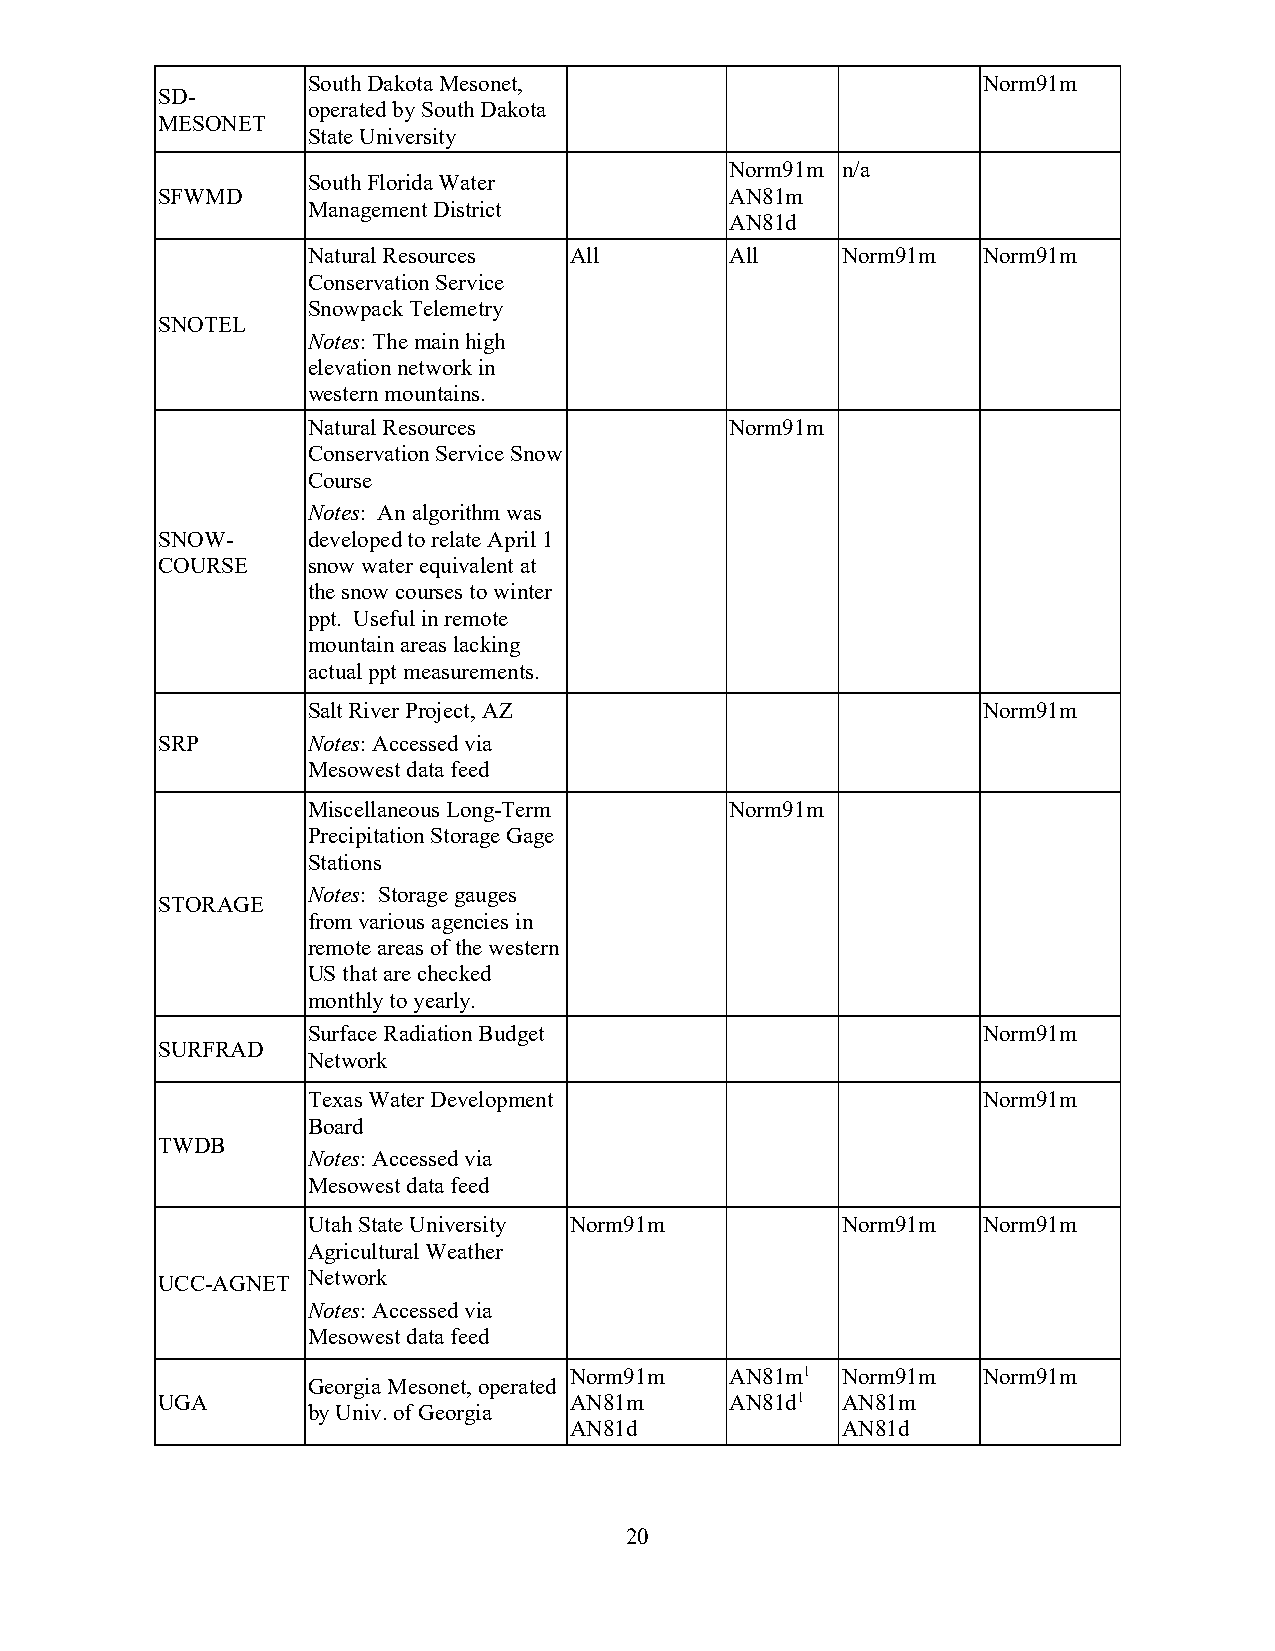
South Dakota Mesonet,                        Norm91m
 SD-
 operated by South Dakota
 MESONET
 State University
 Norm91m n/a
 South Florida Water
 SFWMD                                 AN81m
 Management District
 AN81d
 Natural Resources All       All     Norm91m  Norm91m
 Conservation Service
 Snowpack Telemetry
 SNOTEL
 Notes: The main high
 elevation network in
 western mountains.
 Natural Resources           Norm91m
 Conservation Service Snow
 Course
 Notes: An algorithm was
 SNOW-     developed to relate April 1
 COURSE    snow water equivalent at
 the snow courses to winter
 ppt. Useful in remote
 mountain areas lacking
 actual ppt measurements.
 Salt River Project, AZ                       Norm91m
 SRP       Notes: Accessed via
 Mesowest data feed
 Miscellaneous Long-Term     Norm91m
 Precipitation Storage Gage
 Stations
 Notes: Storage gauges
 STORAGE
 from various agencies in
 remote areas of the western
 US that are checked
 monthly to yearly.
 Surface Radiation Budget                     Norm91m
 SURFRAD
 Network
 Texas Water Development                      Norm91m
 Board
 TWDB
 Notes: Accessed via
 Mesowest data feed
 Utah State University Norm91m       Norm91m  Norm91m
 Agricultural Weather
 UCC-AGNET Network
 Notes: Accessed via
 Mesowest data feed
 Norm91m   AN81m1  Norm91m  Norm91m
 Georgia Mesonet, operated
 UGA                         AN81m     AN81d1  AN81m
 by Univ. of Georgia
 AN81d             AN81d
 20